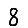
Digit: 8